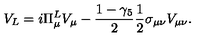
V _ { L } = i \Pi _ { \mu } ^ { L } V _ { \mu } - \frac { 1 - \gamma _ { 5 } } { 2 } \frac { 1 } { 2 } \sigma _ { \mu \nu } V _ { \mu \nu } .